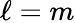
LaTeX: \ell=m